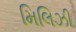
મિલિઝી